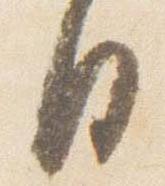
日